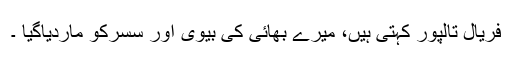
فریال تالپور کہتی ہیں، میرے بھائی کی بیوی اور سسرکو ماردیاگیا ۔